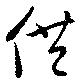
供